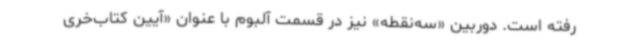
رفته است. دوربین «سه‌نقطه» نیز در قسمت آلبوم با عنوان «آیین کتاب‌خری